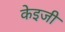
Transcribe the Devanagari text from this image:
केइजी